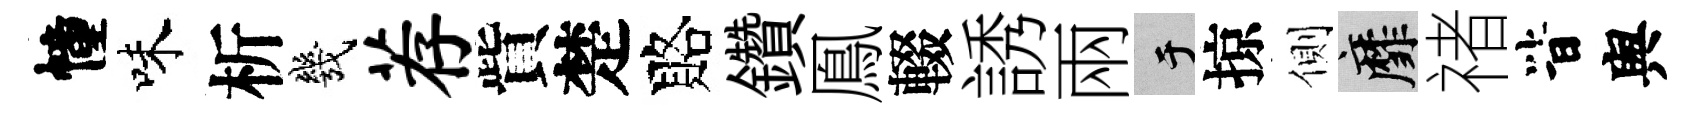
幢味析幾荐貲楚賂鑽鳯輟誘兩于掠側靡禇𣅜舆